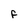
Character: F